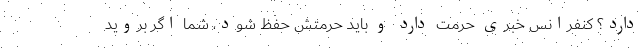
دارد؟ کنفرانس خبری حرمت دارد و باید حرمتش حفظ شود، شما اگر بروید